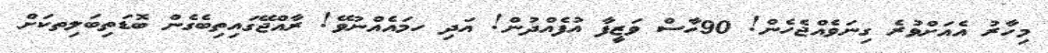
މިހާރު އެއަށްވުރެ ގިނަވެއްޖެހެން! 90ހާސް ވަޒީފާ އުފެއްދުން! އަދި ހމައެއްނުވޭ! ރާއްޖޭގައިތިބެގެން ބޮޑަތިބަލިތކަށް